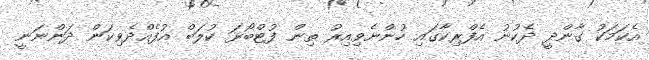
އެކަމަކު ގާންދީ ދެކުނު އެފްރިކާގައި ހުންނެވިއިރު ތިން ފުޓްބޯޅަ ކުލަބް އުފެއްދެވިކަން ދަންނަނީ